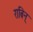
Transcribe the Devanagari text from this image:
राबिन्‌